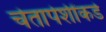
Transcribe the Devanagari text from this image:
चेतापेशींकडे